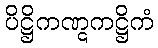
ပိဋ္ဌိကဏ္ဋကဋ္ဌိကံ